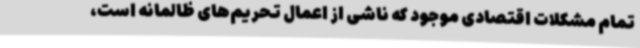
تمام مشکلات اقتصادی موجود که ناشی از اعمال تحریم‌های ظالمانه است،